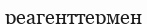
реагенттермен